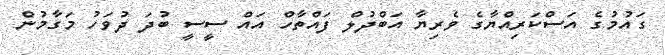
ގައުމުގެ އަސްކަރިއްޔާގެ ވެރިޔާ އަބްދުލް ފައްތާހް އައް ސީސީ ބުދަ ދުވަހު މަގާމުން